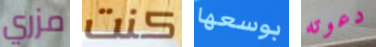
مزري كنت بوسعها دعوته